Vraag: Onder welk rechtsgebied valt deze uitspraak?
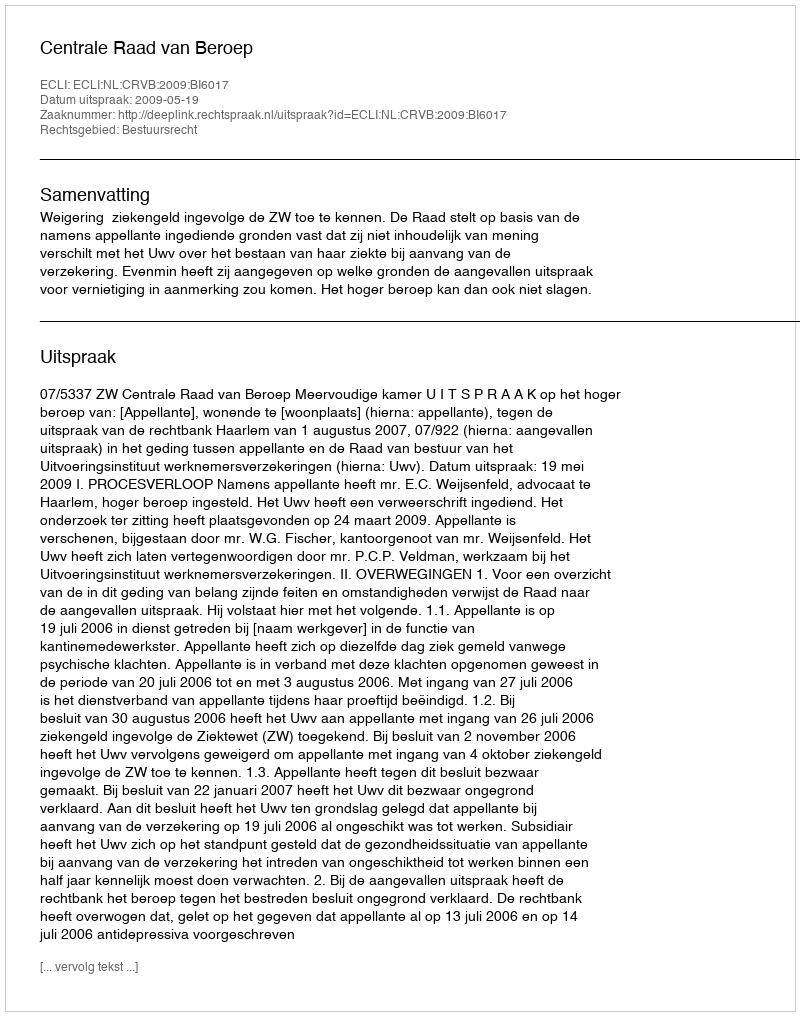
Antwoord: Bestuursrecht